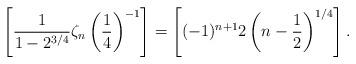
LaTeX: \begin{gather*}\left[ \frac{1}{1-2^{3/4}} \zeta_n\left(\frac{1}{4}\right)^{-1} \right] = \left[(-1)^{n+1} 2\left(n-\frac{1}{2}\right)^{1/4}\right].\end{gather*}